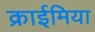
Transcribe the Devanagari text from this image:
क्राईमिया